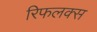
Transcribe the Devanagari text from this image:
रिफलक्स